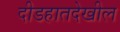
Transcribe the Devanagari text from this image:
दीडहातदेखील